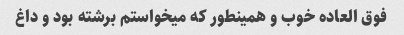
فوق العاده خوب و همینطور که میخواستم برشته بود و داغ